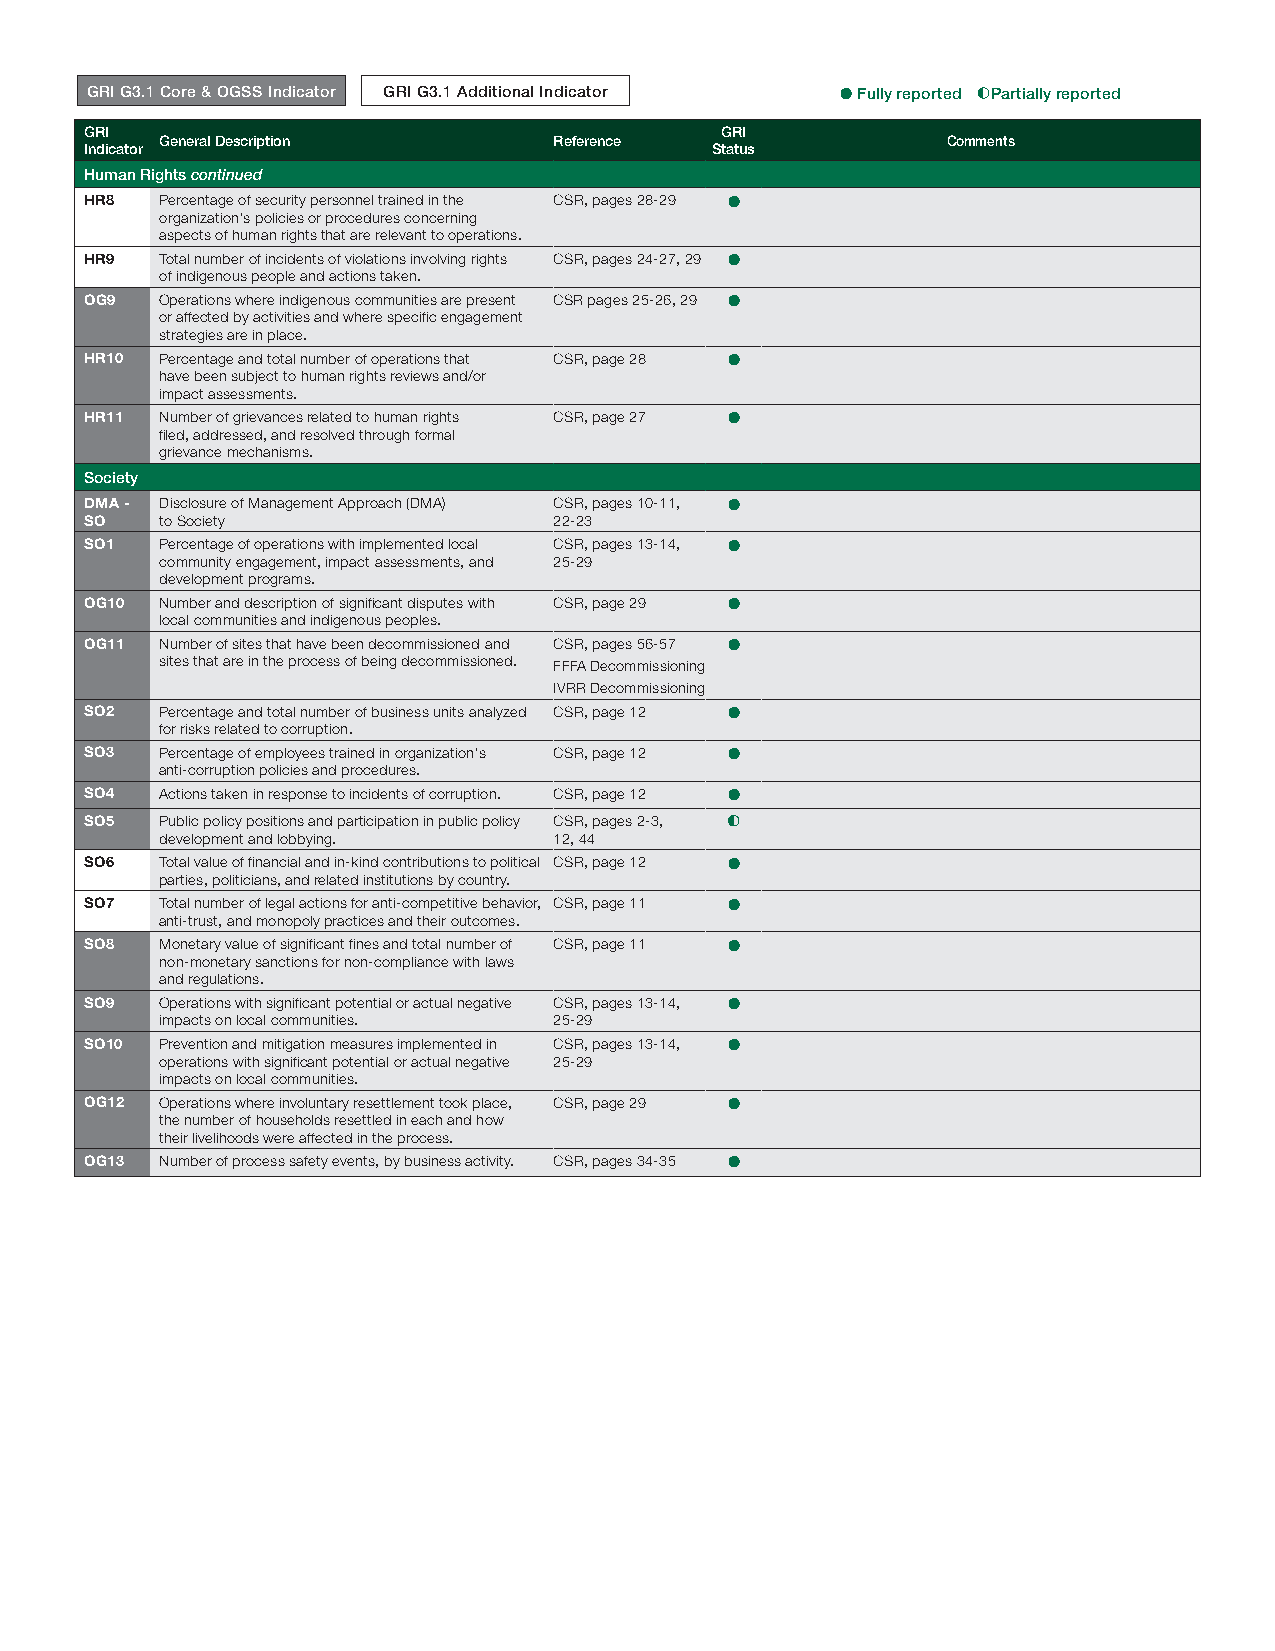
GRI G3.1 Core & OGSS Indicator GRI G3.1 Additional Indicator ● Fully reported Partially reported
 GRI                                       GRI
 General Description       Reference                 Comments
 Indicator                                Status
 Human Rights continued
 HR8  Percentage of security personnel trained in the CSR, pages 28-29 ●
 organization's policies or procedures concerning
 aspects of human rights that are relevant to operations.
 HR9  Total number of incidents of violations involving rights CSR, pages 24-27, 29 ●
 of indigenous people and actions taken.
 OG9  Operations where indigenous communities are present CSR pages 25-26, 29 ●
 or affected by activities and where specific engagement
 strategies are in place.
 HR10 Percentage and total number of operations that CSR, page 28 ●
 have been subject to human rights reviews and/or
 impact assessments.
 HR11 Number of grievances related to human rights CSR, page 27 ●
 filed, addressed, and resolved through formal
 grievance mechanisms.
 Society
 DMA - Disclosure of Management Approach (DMA) CSR, pages 10-11, ●
 SO   to Society                22-23
 SO1  Percentage of operations with implemented local CSR, pages 13-14, ●
 community engagement, impact assessments, and 25-29
 development programs.
 OG10 Number and description of significant disputes with CSR, page 29 ●
 local communities and indigenous peoples.
 OG11 Number of sites that have been decommissioned and CSR, pages 56-57 ●
 sites that are in the process of being decommissioned. FFFA Decommissioning
 IVRR Decommissioning
 SO2  Percentage and total number of business units analyzed CSR, page 12 ●
 for risks related to corruption.
 SO3  Percentage of employees trained in organization's CSR, page 12 ●
 anti-corruption policies and procedures.
 SO4  Actions taken in response to incidents of corruption. CSR, page 12 ●
 SO5  Public policy positions and participation in public policy CSR, pages 2-3,
 development and lobbying. 12, 44
 SO6  Total value of financial and in-kind contributions to political CSR, page 12 ●
 parties, politicians, and related institutions by country.
 SO7  Total number of legal actions for anti-competitive behavior, CSR, page 11 ●
 anti-trust, and monopoly practices and their outcomes.
 SO8  Monetary value of significant fines and total number of CSR, page 11 ●
 non-monetary sanctions for non-compliance with laws
 and regulations.
 SO9  Operations with significant potential or actual negative CSR, pages 13-14, ●
 impacts on local communities. 25-29
 SO10 Prevention and mitigation measures implemented in CSR, pages 13-14, ●
 operations with significant potential or actual negative 25-29
 impacts on local communities.
 OG12 Operations where involuntary resettlement took place, CSR, page 29 ●
 the number of households resettled in each and how
 their livelihoods were affected in the process.
 OG13 Number of process safety events, by business activity. CSR, pages 34-35 ●